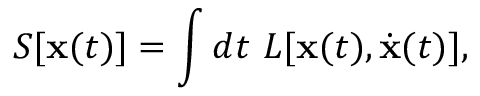
S [ \mathbf { x } ( t ) ] = \int d t ~ L [ \mathbf { x } ( t ) , \dot { \mathbf { x } } ( t ) ] ,